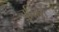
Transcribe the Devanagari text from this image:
चुजिरो